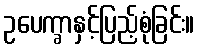
ဥပေက္ခာနှင့်ပြည့်စုံခြင်း။